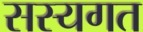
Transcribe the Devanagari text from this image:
सस्यगत